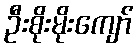
ဦးစိုးမိုးကျော်